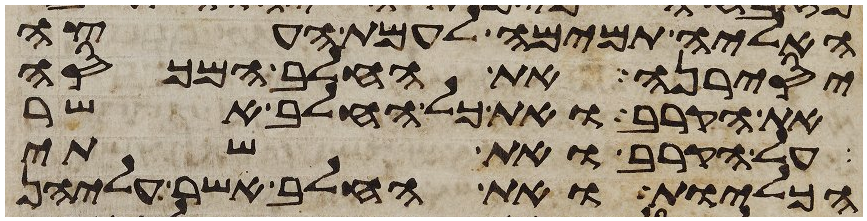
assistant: האליה תמימה לעמת העצה
יסירנה את החלב המכסה
את הקרב ואת כל החלב אשר
על הקרב ואת שתי
הכליות ואת החלב אשר עליהן